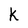
Character: K